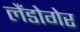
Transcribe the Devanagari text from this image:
लैंडोगेर